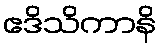
ဧဒိသိကာနိ